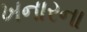
ખનારના